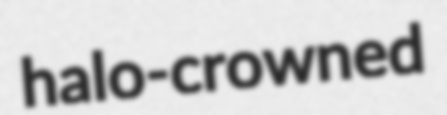
halo-crowned